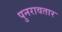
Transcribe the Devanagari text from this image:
पुनरावतार